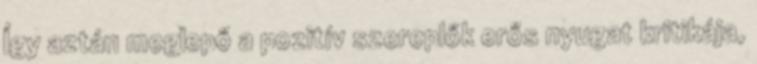
Így aztán meglepő a pozitív szereplők erős nyugat kritikája,